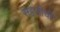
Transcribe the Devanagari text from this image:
सहजीची